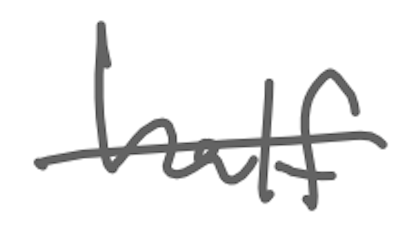
Text: half
Cross-out: single-line
Writing tool: digital_gray